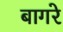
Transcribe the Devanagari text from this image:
बागरे